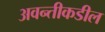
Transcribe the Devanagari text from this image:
अवन्तीकडील